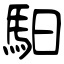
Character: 馹